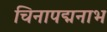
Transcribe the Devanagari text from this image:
चिनापद्मनाभ